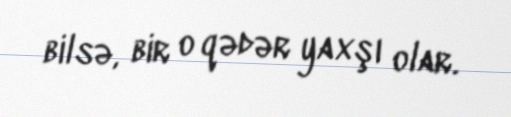
bilsə, bir o qədər yaxşı olar.